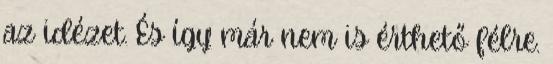
az idézet. És így már nem is érthető félre.